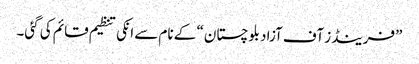
”فرینڈز آف آزاد بلوچستان“ کے نام سے انکی تنظیم قائم کی گئی۔